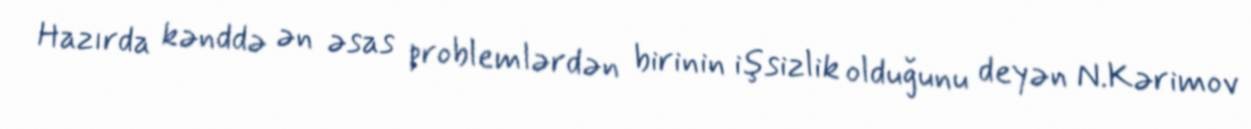
Hazırda kənddə ən əsas problemlərdən birinin işsizlik olduğunu deyən N.Kərimov